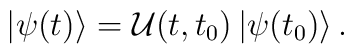
\left| \psi (t)\right> ={\cal {U}}(t,t_{0})\left| \psi (t_{0})\right> .